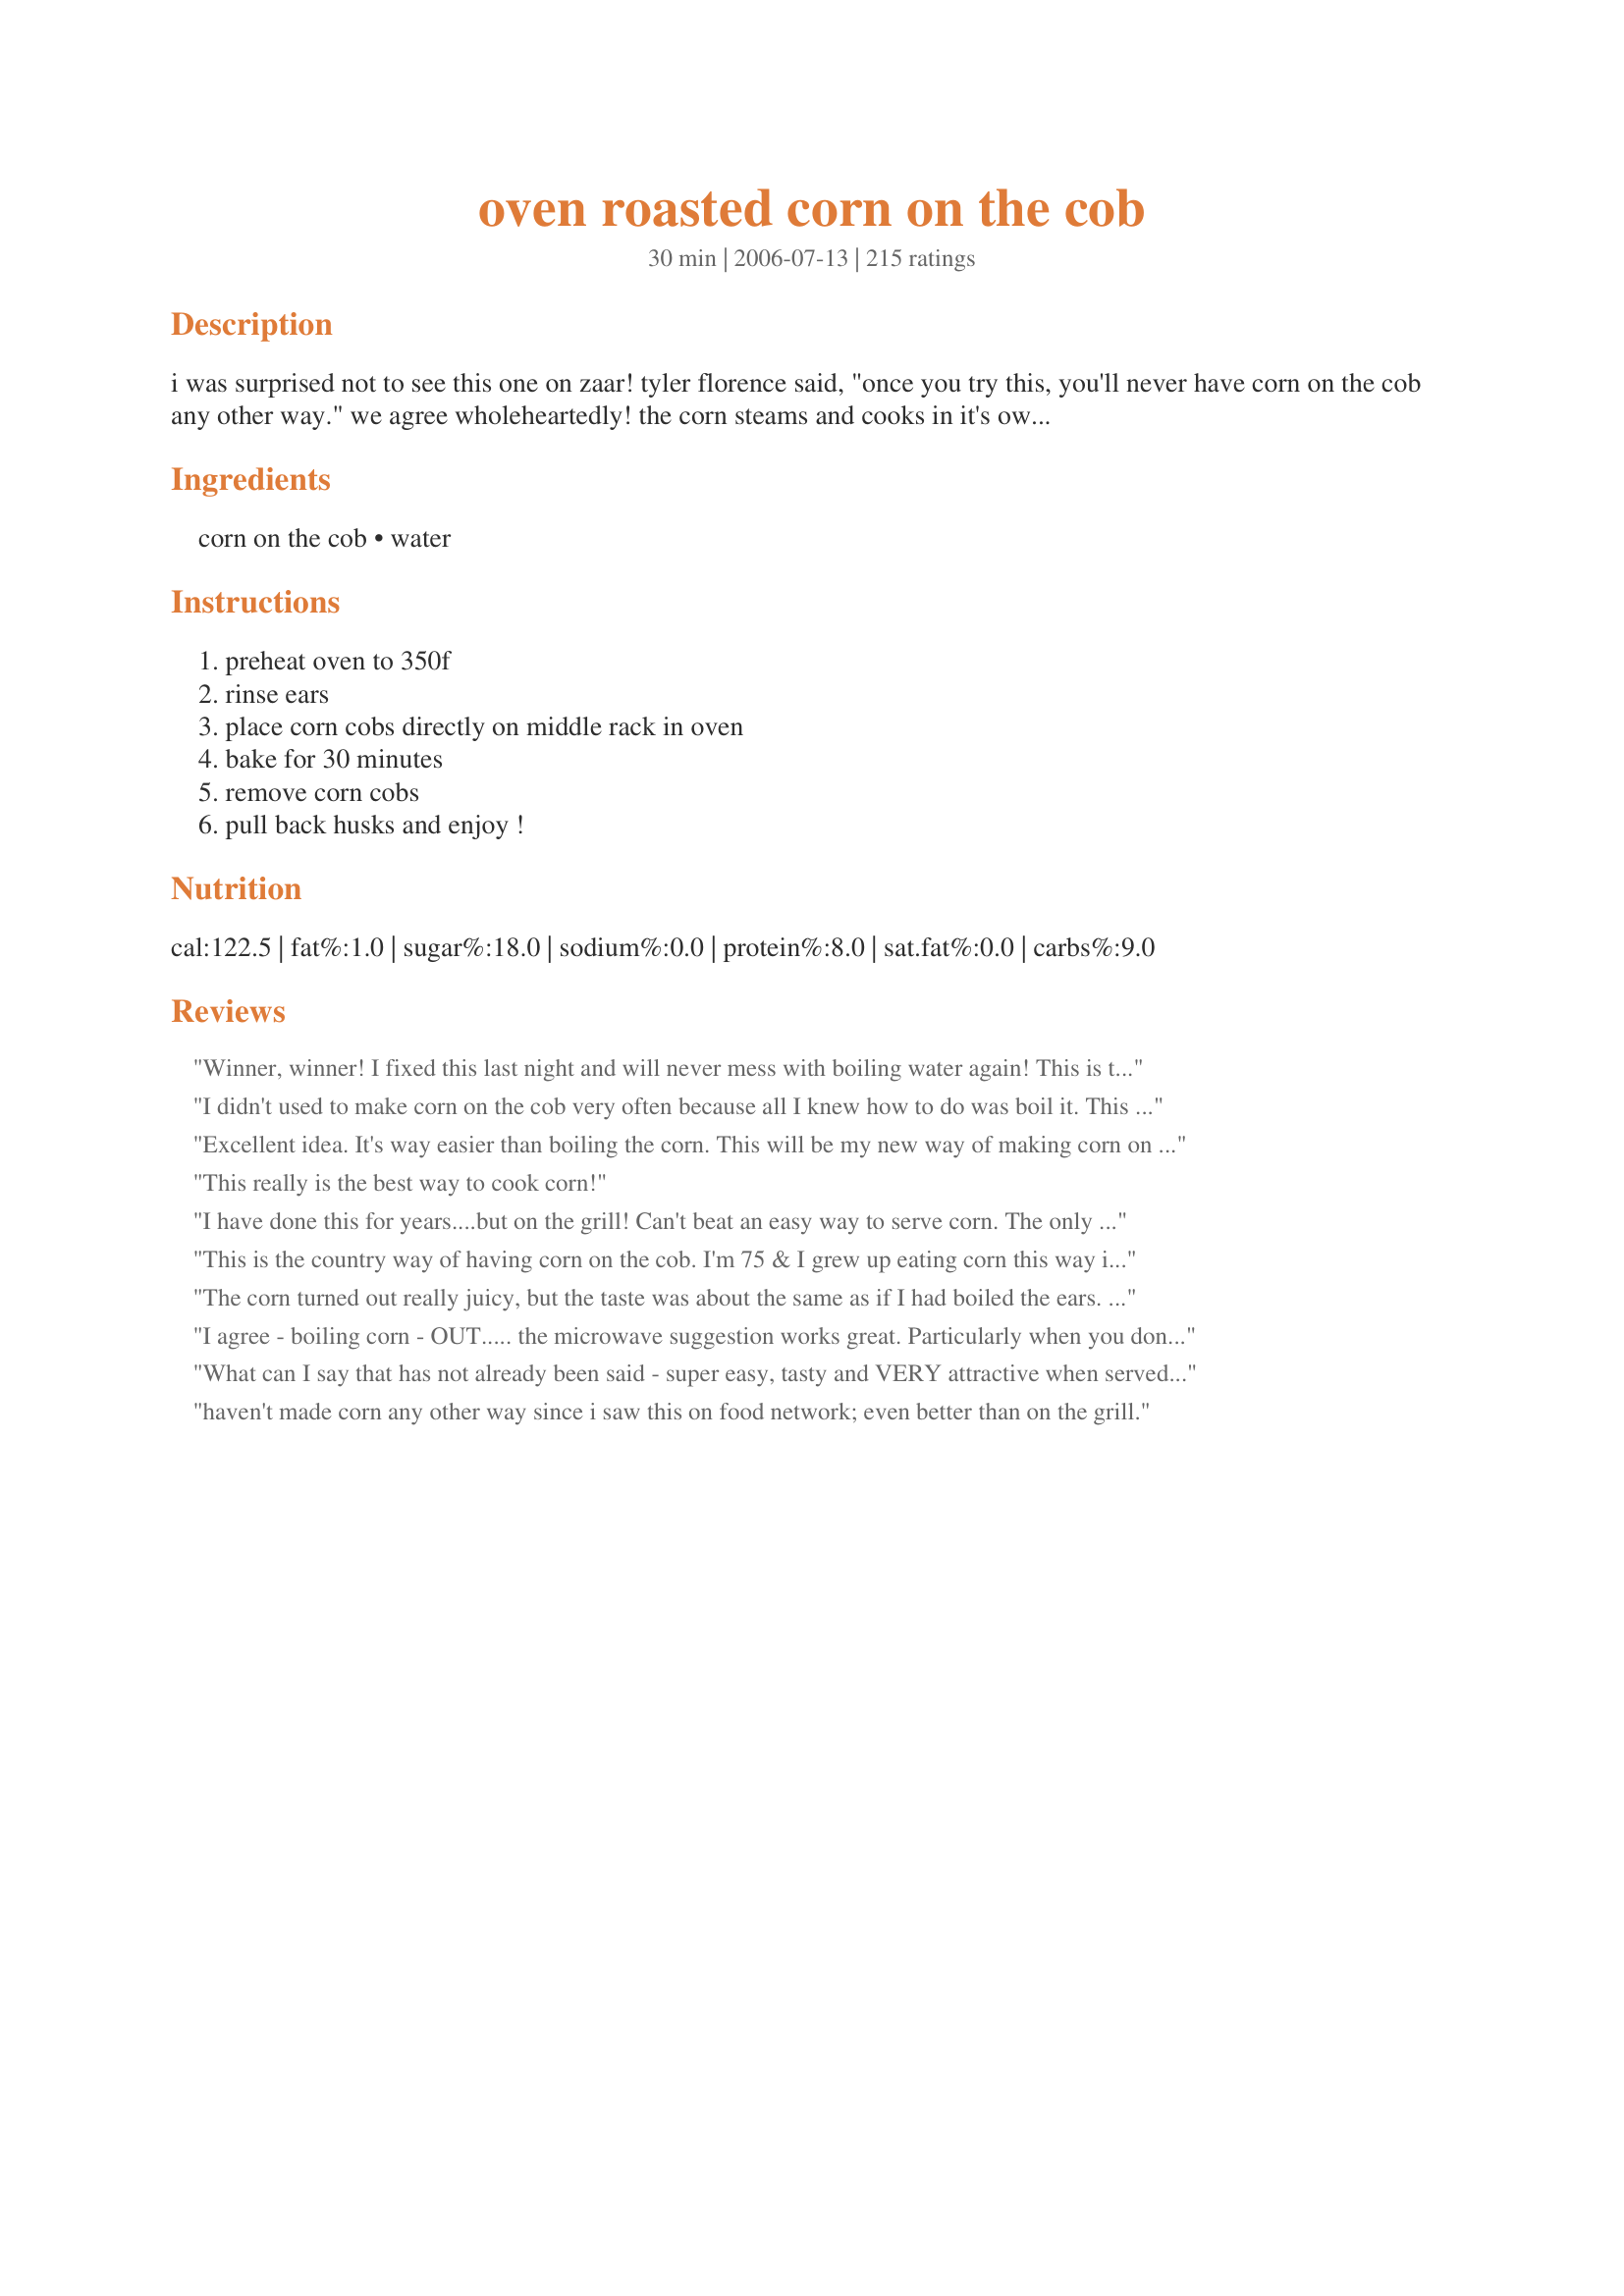
oven roasted corn on the cob
Preparation time: 30 minutes

i was surprised not to see this one on zaar! tyler florence said, "once you try this, you'll never have corn on the cob any other way." we agree wholeheartedly! the corn steams and cooks in it's own husk without any pre-soaking or anything. the corn's flavor is intensified right in the husk! after removal from the oven, just pull back the husk and use it for a handle. the silk comes off with the husk! let me know if you like corn this way as much as we do!

Ingredients:
corn on the cob, water

Steps:
preheat oven to 350f, rinse ears, place corn cobs directly on middle rack in oven, bake for 30 minutes, remove corn cobs, pull back husks and enjoy !

Reviews:
Winner, winner! I fixed this last night and will never mess with boiling water again! This is too good and very easy. Husks come in very handy for hanging on to while you're eatin! Too cool! Thanks!
I didn't used to make corn on the cob very often because all I knew how to do was boil it. This was way better. I love the taste and it just turned out perfectly. And so easy, too! Thanks!!!
Excellent idea. It's way easier than boiling the corn. This will be my new way of making corn on the cob from now on. Thanks!
This really is the best way to cook corn!
I have done this for years....but on the grill! Can't beat an easy way to serve corn. The only downfall is that you have to let the cobs cool off somewhat as they retain their heat and it is a little hot on the hands!
This is the country way of having corn on the cob. I'm 75 & I grew up eating corn this way in the summer. Now I fix it in the oven. Can't beat the old fashioned way of doing things.
The corn turned out really juicy, but the taste was about the same as if I had boiled the ears. However, it was sooooo easy just to rinse off the ears and put them in the oven when I already had the entree cooking so I didn't have to turn on another burner and bother with all that hot water and another pot to clean. After they were done ( about 25 min ) I put them on a plate and stuck them in the microwave while I got the rest of the dinner ready. They were still warm and ready for the butter 15 min later... That was great... no soggy, watery corn! Thanks!
I agree - boiling corn - OUT..... the microwave suggestion works great. Particularly when you don't want to heat up the kitchen with the oven.
What can I say that has not already been said - super easy, tasty and VERY attractive when served in their husks for peeling away at the dinner table! We ate these with a grilled vegetable salad and peri-peri prawns - out on the terrace in the sunshine - wonderful! Made for Zingo and the ZWT4! Merci ma leeeetle potty pie! FT:-)
haven't made corn any other way since i saw this on food network; even better than on the grill.
This is the best!!! I will never make corn on the cob any other way! It was a winner with a picky family of 6.
Too hot to be messing around in the kitchen? Roast the ears on the grill. The flavor is awesome. Just soak the ears in salt water for about 30 minutes and transfer right to the grill. Turn over once when the husks are browned. 10 more minutes and it&#039;s time to sink your teeth into the best corn you&#039;ve ever had!
d.E.l.I.c.I.o.U.s !!!!
Chef PotPie I loved this method to do corn. How easy can it get. I really like the fact I didn't have to soak the corn before cooking. This is a great alternative to grilling. I will do this again.
What a great way to prepare corn! I love it!
I will never boil corn again. It was awesome! Thanks!
Sorry, forgot the stars.
Yummy -it cooked perfectly with my pork roast. Nice to have the BBQ taste without the fuss. Thanks!
I also got this recipe from a Tyler Florence show and LOVE to cook corn on the cob this way. Never soggy...never overcooked. The silk removes along with the husk...no fuss. Try it..it's great!
So Easy and So Tasty!! Why would I go through the hassle of grilling again? Honestly, this is my new recipe. Thanks!
Super easy even for a novice cook (me) and so much better than boiling.
This method worked well & was much easier for sure. However, I had other stuff in the oven at 400 degrees & threw the corn in with it for slightly less time than called for and the husk burnt a bit and the kernels turned out a little tough. I am excited to try it again as directed simply because of the time and mess that it saves. Thanks!!!
This is the easiest way I've ever made corn and it turned out perfect! I baked 4 ears of corn for about 25 minutes and it was the perfect tenderness and so good that I didn't need salt and butter. Thanks for posting this!
Didn't notice any significant difference in taste, but this is definately the easiest method I've ever tried for making corn. Thanks a lot.
This worked out great! It's waaaaay easier than boiling for sure. I baked my medium-large ears for 30 minutes and they came out perfect.
Thanks for a great cooking shortcut!
Easy and delicious!
A wonderful way to make corn on the cob. I finally got some cobs that had their husks still on here in the UK, so when I found this recipe, I had to try it. I'm so glad I did. The corn is full of flavour and moist. I served them just with some butter, and freshly ground salt and pepper. Delicious.
What a time saver! I've always hated shucking corn!
Tried this this weekend. Couldn't be easier or tastier.
Thanks
Thank you for an easy recipe that has such good results! Yum!
I put a little butter inside the husks before roasting and it was amazing. Thanks for the easy recipe! this is best with really fresh yellow corn!
I&#039;m doing this TONIGHT!!!! ?
Thank you for sharing this recipe. I've made it several times and this is the only way I cook corn on the cob now. So delicious and easy!
Yum ! I loved it too... so simple and good, healthy, and no messing around with a pot of hot water. I have also tried a Zaar recipe for sweet corn that used cling flim and the microwave and felt that this recipe was a footstep behind that one in the amount of final flavour retained. The speed of the other recipe also counted in it's favour. That said, this is an EXCELLENT recipe for a large group of people as the oven would do the lot in one go, and also great for when you are using the oven anyway for other things because these cobs sit very easily on the rack around other dishes.Please see my rating system: 4 lovely stars for a recipe that I will definiately make again, especially when the oven is already on for something else. Thanks!
This is the only way I cook corn on the cob now. I like my corn with a little crunch. It comes out so sweet and delicious I don't even put anything on it sometimes. :D
Worked great. I didn't notice a big difference in flavor, however the corn was very tender and juicy. Very easy to make. Thanks for sharing.
We just love corn cooked this way. The flavor is so intense and it is very easy to clean. Good job Chef PotPie; its a winner.
So good and so easy. I couldn't ask for a better recipe. I hate peeling the silks and this is so much easier. We will make it this way again and again. YUM!
This was so easy and the corn had such great taste. How come I didn't know of this lol. I wish I had seen this recipe years ago. This is how I will do it from now on. Thanks for sharing.
What a ridiculously easy way to prepare corn on the cob!! I don't think it tasted any better than boiling but it looked WAY better - the kernels stayed nice & plump. And, for some reason, the silk came off a lot easier after roasting than it normally does before boiling.
This is great - grilled corn still beats it in my book, but not by much. I love recipes like this that make eating fresh veggies simple and easy. Very, very good - thank you for this!
Perfect! That is all, just perfect. So easy.
This was really good corn. I love not having to shuck & clean off the silks! But, personal preference, I still love grilled corn. I'll use this recipe when the weather is ugly, though.
We did this on the grill and it turned out amazing! Very popular with all the kids too.
This is worth all 5 stars + 100 more! No more standing in front of the garbage can cleaning corn! Yea! No more boiling the corn getting a steam facial! Yea! This corn turned out so tender and cooked to perfection. I cooked it exactly the 30 minutes and it was perfect. I also stacked the corn ears on top of each other. I had a dozen ears and they all didn't fit on the bottom so I put 3 ears on top of the others and it worked perfectly. Thank you so much for showing me this really easy and so much better way of preparing corn.
Thank you CHEF POT PIE. This is a wonderfully easy way to prepare corn-on-the-cob.
followed exactly but corn wasn't cooked enough. I'll be going back to boiling or the grill
Wow...perfect and so easy! Our's needed to stay in the oven about 5 extra minutes. Thanks for posting.
This was by far the easiest way to roast corn yet. I loved how the silk just peeled off with the husk! The corn really retained its flavor and was delicious. The time was right on for our ears. Thank you Pot Pie!!
Really Yummy! Made them today for my son's birthday/BBQ and everyone loved them. Very juicy-not dry at all. A couple guest asked for the recipe. I added the butter right on the corn and let it melt away. Simple and very tasty. Thanks for sharing!
I've never cooked my corn any other way since I discovered this technique at a bbq a few years ago - try it on the grill too, it works in the same way.
Fantastic! Not just good to eat but you get the roasted corn smells of the County Fair along with it. Thanks!
I had never heard of cooking corn this way so I had to try it tonight...Well it was Fantastic!!! What a great way to cook corn, and the flavor is soooooooooo good!!!!
This method makes awesome corn. Before putting in the oven, I pull back the husks and remove the silky strings - they come off easily. Sometimes I sprinkle a little salt or other seasonings on the corn before covering back up with the husk and tossing in the oven. I need to make this again soon! :)
My neighbor made her corn this way last night for our cul-de-sac potluck. Not only was it really moist and tasty, but the husks helped keep the corn warm longer.
I just made this for Easter and it was super easy and came out perfectly! This is how I will always make corn on the cob!
Man, I wish I hadn&#039;t had such a huge lunch, I wanna try this right now! LOL Oh well, later on this evening..........
Really simple method which produces perfect corn. Made this along with recipe #8701 and Recipe #14023 for a wonderful meal. Thanks for sharing the recipe!
The corn came out so tasty!
This is indeed an excellent way of preparing corn on the cob, especially for a large number of people. However, for the sake of energy savings, as well as time, try doing this in the microwave. I do mine 3mins. for one ear, 4 mins for 3, etc. My MW is a 900W oven, yours could be 700, 900, or 1000W, so times can vary. There are several recipes in the DB. For six or more people a traditional oven still works wonders! Thanks, Chef PotPie!
In one word....AMAZING!!!! I have made this twice in the last week, and I am suggesting it to everyone I know! For the last couple of years I have only been making corn on the cob a couple times each summer, because it is such a hassle. Corn will now be eaten a lot more in my house to DH's delight.
This recipe has blown away all my previous favorite methods of making corn on the cob....and simple too! My go-to recipe for corn on the cob now. Must try!
I can't believe how easy this is. I hated boiling corn because of pulling off the silk and then using such a big pot of water just to fit them in. This way has no prep work; you just pop it in. Now it's so much easier for me to just grab some corn from the store and prepare it instead of planning it out. The corn comes out perfect, the silk just comes right off with ease, and the corn looks beautiful when you just pull back the husks and serve it that way. I tried to time it right so that they were done when my husband came home from work but they were done too early. So I turned off the oven, pulled back the husks and removed the silk, then covered the corn with their husks again and placed them back into the cooling oven. I just grabbed them once we were ready to go to the table and they still came out hot and perfect. I would love to do this for a party and just load my oven with a bunch of corn for everyone.
The best way to have corn! EVER!
Super Dooper Scrumptious Easy! GREAT corn! I have nothing but RAVE REVIEWS for this! Made exactly as written. I'm a Groovy GastroGnome travelling on the ZWT5 - thanks for submitting this fabulous recipe!
love the corn this--!! --So easy--so delicious!!
I did corn this way the other night and I will never do it another way again. So easy to just pop in the oven, and the corn tastes better, too. Thank you!
Wow! This was EXCELLENT! My husband kept looking over my shoulder and saying "are you sure you aren't missing something"...boy was he was blown away! We all loved it!! Thanks for posting!
This is a wonderful way to prepare corn on the cob. After roasting the corn, I cut the kernals off the cobs to use in a taco salad. It was a great addition to the salad.
This was awesome and so easy. I just stuck them in the oven. After 30 minutes they came out and the husks peeled right off and under neath was the sweetest crisp corn I have ever had. I did not even put butter or anything on it.
I love my corn made this way! It really does bring out the corn flavor. i saw Tyler make these but I forgot to get the recipe. Thanks for putting it here.
Lorraine
I had to do this a little different than the way the recipe was written because I used some of frozen ears of corn from last year's crop. So I wrapped in foil and baked them that way. I will make it the original way when the new crop is ready this year. Thank you for a great recipe. Made for ZWT4 by a CHIC CHEF.
perfectly cooked corn!! this will be THE WAY i'll be cooking corn from now on. thanks for posting =)
I tried this in the oven wrapping them in foil (with a little butter brushed on them 1st) OMG! this is the BEST i've tried. I just found the Zaar recently, THANK YOU for all the great ideas, You all are my new favorite!!!!!!
Ever since I saw Tyler Florence do this on TV, this is how I've made my corn! It's by far the best and I can fit much more corn in the oven than I can in any pot I own. I don't think I'll ever boil corn again.
This recipe is over the top.. when I first mentioned to dh how I was going to prepare the corn, his comment was I hope it doesn't taste burnt, well it wasn't and this is the only way he want's it now. I love the way the silks just fold off. I agree the corn does taste sweeter prepared this way. No flavor lost in the water.. wish i'd found this years ago. But better late than never.
This method is so easy!
We love corn and this recipe is so easy that we will make it this way a lot this summer!
This is a great method - I love how easily the silk peels back! The only reason I am not giving it 5 stars is that I think 30 minutes in the oven is too long. We had just purchased beautiful young ears, but they ended up slightly mushy even though the flavor was good. I will definitely try this again, but for 15-20 minutes next time.
I will never boil corn again! No more husking the pulling those little hairs off....this is so much easier and so much BETTER!!!
I love how easy this is! Put it in, go do something else, come back and pull it out....perfect corn! The husk and all the silk easily comes off. Corn is nice and sweet. Work for this lazy gal. Made for ZWT4 for my 4th of July cookout. Thanks.
Excellent methodd for grilled corn.
Just a little note....to raise the bar on this I use a little mayo spread on after roasting and sprinkle some Cajun seasoning....just a little trick I picked up from Bobby Flay....give it a shot DELICIOUS!
This worked out very well. It is the only way I cook fresh corn on the cob.
Wonderful corn!! Even my corn-snob hubby thought it was terrific! We might not ever have it any other way either! So, so easy and the silks husks just come right off. LOVE IT! Thank you so much for posting this! Your ZWT4 CAFE ZMAAK Gypsies teammate!!
I'll never cook corn any other way! This coming from a lady who was taught to make corn on the cob in a pressure cooker when I was a little girl and swore by it.
The secret is being sure the ears are fully in the husks, they steam in the flavor, and brown up for a smoky flavor.
I made this in a 440 deg. oven and they were still perfect!
This is a great no-muss no-fuss method for preparing corn, esp for people like me who don't own a grill. The corn almost fell away from the cob. It was so moist and tasty, I can't imagine I'll make corn any other way again.
What can I say? this was awesome and will be the only way I make corn from now on.. so much easier! And I love how much easier it is to peel of the husk! Thank you!
The best cob corn you'll ever eat. It's actually the old rural hog roast method, where you get a bed of hot coals about 8 feet in diameter, soak and throw on about a hundred young ears, melt a crock of salted butter for dipping and half the county shows up to partake. Something about steaming it in that toasted husk... It tastes sublime.
yum!!!
i decided to give this a shot, but the whole time im thinking..its not gonna work!!, but was i soooo wrong... so easy peasy!! and delicious!!
Best corn on the cob I've ever made-and it doesn't get any easier! I cooked 3 ears for 30 minutes but had to hold them in the warm oven about 15 minutes w/o a problem. Served w/ my sloppy joes and apple salad for a delicious, easy meal. Thank you so much for posting a great recipe!!! UPDATE: I just wanted to add that we have had corn 4 times in the last 2 weeks-that's how much we love this recipe! Our corn have been huge so the 30 minutes cooking time still keeps the corn w/ a little crunch which we love-for smaller, I would only cook for 20 minutes! Thank you again Laurel!!!
This is insane goodness!! Why did people make preparing corn on the cob so complicated?! LOVE THIS METHOD!
Tyler sure knows what he's talking about. Not only it tasted great, but the clean up was a breeze. Thank you.
This is the best way to cook corn I have ever found. It is unbelievably easy and the taste is out of this world. I served this to friends and not one person added salt, pepper or butter - that says a lot. Thanks so much for posting.
I've been making my corn this way for the last year or so... I saw Tyler Florence (I think) do it this way. Cooks perfectly every time!
These turned out perfect! Very flavorful and easy to do.
Super easy and the kernels were very juicy! Can't believe I have never thought of doing this before!
This was so easy - I'm never boiling corn on the cobb again! The corn turned out so delicious!
I can't believe I just tried this for the first time. How easy, who woulda thunk? Thanks for a keeper!
Super simple and super delicious! Yum. This was my first try at corn on the cob, and it's going to be my default method from here on out. Thanks for posting!
This is the simplest and most delicious way to serve corn on the cob. I tried it about 2 months ago and I can't stop making it every chance I get. I did 18 ears for a large BBQ and everyone raved and couldn't believe how it was prepared. Since I cooked 18 ears I kept them in the oven 50 minutes. This was timed with the chicken on the grill. What ease!
SO EASY, SO TASTY, SO TENDER. Thanks for sharing, I called all my family to share this easy prep for corn. Thanks for posting!
I don't cook corn any other way! I never liked having to shuck corn (all those nuisance silk strands refusing to be removed ) and then have to deal with hot, boiling water when it's already hot out. LOVE this recipe because it is so easy to turn the dial and put the corn in the oven. And shucking is sooo easy! Thanks for posting this recipe!
The flavor of the corn is so delicious and sweet that you don't need anything else. This is the first time I've had corn on the cob without butter! I was doubtful about the silks when I saw this recipe, but they easily peeled away with the husks.
2001 ended with role reversal due to my wifes stroke. Cooking has become a welcome quest with unbelievable challenges. In point corn went from on the cob to can off the shelf for the ensuing 16 years, till I happened on Food.com. This simple and quick preparation of corn-in-the-shuck to table is as magic as my discovery of Chinese Sweet potatos cooking for 3 and one-half hours at 300 degrees and baked Vidalia onions baking in their own juice prompted a gathering of six friends with a glass of white wine and a decadent dessert with glasses raised to my culinary prowness! I'll never tell! Pat
Another rave review from a Groovy GastroGnome for ZWT5! I made this exactly as directed and the corn came out perfect (and the silk was so easy to remove). No need to ever make corn any other way! Thanks for posting this.
I was pleasantly surprised by this recipe. I always grill my corn, but thought I would give this a try. Couldn't be easier, tastes just like it came off the gas grill. Love it, will make again.
Tried this and it was great!! It was so easy, I will never boil it again. The taste was amazing!
Easy-peasy, tastes great!
This is amazing! I absolutely LOVE being able to make an entire dinner in the oven, so I roast my pork loin with baby carrots and new potatoes, and add the corn to the oven when the roast is 30 minutes from being done. SO easy - and so delicious! Thanks Pot Pie!
This is amazing, and it couldn't be easier! I just rinsed, tossed in the oven, and in 30 minutes had some of the sweetest, juciest corn ever. The husks and silks peeled right off- no more scrubbing and rinsing to get all those little bits of silk off. This was awesome, thanks so much for posting!
Ditto!!! This recipe (or rather method) is always a success!!!! The only changes to be made are after cooking is to use one of the many of variety butters out there, be adventurous!!!!!
I did this for a church BBQ and our men's group was charged with doing hot dogs, chili and corn on the cob for 700 people. We got fresh corn from our Redmond Saturday Market and roasted them all the next day.

We used this method and cranked out 100 ears in about an hour and a half in two different ovens. It wasn't a piece of cake, but it was the best corn on the cob I've ever had though I didn't sample all 700 ears. ;)

So easy and the tastiest corn you'll ever make.
How easy was that! Turned out crispy and delicious :)
For those occasions when you can make an entire meal in the oven (and that's often), this is a wonderful idea. What a convenience to pop everything in there at once. Thanks, Chef PotPie, for such a simple, yet very good corn on the cob suggestion!
This sounded so interesting, just had to try it! Corn turned out really tasty, but think I&#039;ll go back to boiling my corn. It was a hassle to remove the husk when the corn was hot, and we had to keep passing a paper bag around the table to dispose of the husks. One other thing, I normally cut away any bad parts of the corn after I remove the husks when preparing to boil it. Obviously, because the husks were still on the corn, didn&#039;t see the bad parts until removing the husk after it was baked. Corn was delicious; moist and tender!
This definitely makes shucking the corn alot easier. A nice change from boiling the corn. Will make again.
I saw Tyler Florence do this on TV and have been cooking my corn this way since the sweet corn ripened this summer. I found I had to cook a little longer than 30 minutes, but that may be due to the size of the ears (large) and my oven. This is hands down the easiest way to cook corn I have ever tried. I do up a big batch so I have extra to cut off the cob to use in salads, casseroles, etc. Today I added some to bean tostados. Yummy!
Made for ZWT5 (Groovy GastroGnomes). Photos are in Cooking Photos Forum ( posting http://www.recipezaar.com/bb/viewtopic.zsp?p=4540997#4540997). After 106 reviews, it's pretty hard to say something new. Obviously, a simple recipe, and surprisingly, far tastier than the "boil the corn" version. Reminds me a lot of the old Indian technique used in the traditional New England Lobster Boil.... yummy! Thanks for post, Chef!!
This was simple and the corn turned out perfect. I'll be trying this method on my grill soon. Thanks. :)
Seriously?! Why have I NOT known about this! AMAZING!!! THANK YOU!! I love that you can toss it in with whatever else you have baking .... it sure added a boost to our meatloaf/baked potato meal - thanks for sharing! I won't boil corn on the cob again! :)
Wow! This was so easy and incredibly good. I will never boil an ear of corn again if I can help it. I just loved that the silks just came off with little effort-thats the part I hate when it comes to fresh corn-on-the-cob. I wish I could just stick the whole fresh cob with husks in the freezer, without prep and cook them just like this recipe says..wouldn't that be great?!
Wonderful!! What a great way to cook corn! I've made this recipe several times, always with terrific results. This is very easy to make, and delicious. Thank you so much for posting! This recipe is a keeper for sure.
This is the fastest easiest way to make corn on the cob that I have ever tried. My family LOVES it this way. I don't do anything to them first. Just pop them in the oven and let them roast. WONDERFUL and so easy. The silk and husks just come right off. THANK YOU!! This is the way I will make it from now on!!
Delicious and easy! Cooked at 375 next to already baking chicken. 25 minutes was perfect! Kernels seemed firm, but exploded with juiciness when bitten. Thanks, Chef PotPie!
I have done this twice now and all I can say is "WOW"! Much more flavorful than boiling, and SO EASY! Thank you so much for posting =)
I love making corn this way. Leaving the silk and husk really makes the corn sweet and tender.
What can you add to this many good reviews? Rated mainly to be able to find it again. Cut the green and brown stringy things off the end before cooking. Added extra cooking time to get the corn to char just a bit. So nice not to have to remove silks before cooking! They come off much easier after the corn is done. Too easy and so good!
This was awesome! Not only did the corn taste great, but it couldn't have been easier to do and I LOVE, LOVE, LOVE the way the silk comes right off w/ the husk! A real keeper! Made for ZWT4
Tried this recipe for the first time tonight. Loved it!! So easy and tastes just as good if it had been boiled or grilled. Definitely a keeper, especially in the winter when the grill is not really accessible. Thanks!
Thanks for sharing this! It&#039;s the easiest way to cook corn on the cob, and the husks slip right off when the corn is taken out of the oven. I&#039;ll never make corn any other way from now on!
Really easy, and really good! Thanks!
Who knew it could be so easy and taste so good?!!! Tried this with two ears of corn - the last we'll probably have for the year. It was absolutely wonderful. Except for the middle of summer, when we won't want to heat up our kitchen, this is the way we'll fix our corn. Thank you very much!
I was pleasantly surprised at how easy this was.
Loved how easy this method was, both for cooking and for husking the corn and the silk comes off with the husks so easily. Next time I'm going to add 5 more minutes of cooking time. Thanks for a keeper Chef Pot Pie! Please see my rating system.
YUM! This has extraordinary flavor, much more depth than boiled corn! And it couldn't be easier. Just a word of caution about the steam release when you remove the husks, though!
Thanks, Chef PotPie! Made for ZWT4.
OMG!!!!! This is the best corn I have ever tasted. Made it tonight for dinner and there was none left. Family loved it. This is the easiest way to cook corn on the cob. It stays warm for along time. Will always my corn this way.
Thanks. I have roasted corn in the oven before and love the flavor, but just guessed on the temp and time to bake. Since I haven't roasted corn yet this year I couldn't remember what I'd done before and all the other recipes only had grill instructions. Thanks for this recipe.
This was delicious and easy! Just throw them in the oven with no worries about boiling temperatures or anything like that. The other easy thing is that each person does the "work" of pulling off the husks but really they were quite easy after I cooked them in the oven. I had peeled back some of the husks to make sure they were good so this allowed them to curl up a little and made it even easier.
Anyways this is a great recipe as I found that even ones on the bottom cooked nicely so I may be able to make even more in the future for get togethers and such.

Made for ZWT5, Dining Daredevils
This was sooo good! I had never thought to roast the corn like that and it was so much better. I will be making it again soon!
Unbelievably awesome way to cook corn! The bonus is that there is no pot to wash! I will never do corn any other way......cook time was perfect for the average sized, super fresh corn I used.
This worked perfectly; the corn turned out delicious!
Incredibly easy and tasty. I wish I had known about this method of cooking long ago as the corn tastes wonderful.
Perfect! Fantastic! The silk peels right off with the husk. So easy when cooking for a crowd.
I am pretty sure I will never fix corn any other way from now on. the kernals were so crisp and delicious. It was also very easy.
Thanks for posting.
YUMMY!!! So simple, so sweet, we need to buy more corn!!
I normally cook my corn in the husks on the grill but this is good for when the weather isn't nice for that! Made for Saucy Senoritas Family Picks ZWT5.
My family and i love corn, since i found your recipe and started fixing it this way, it has become our favorite corn to eat. And it's good all by itself without salt, butter or anything else!! Thanks for posting this Chef PotPie.
Super easy! Half an hour and perfect corn on the cob! The corn silk didn't come off easily (it wasn't more difficult, but about the same as taking the silk off raw corn). However, this was so simply and toaster oven friendly that I will be making all my future corn like this :D
I guess my dinner guests loved this because I didn't even get one! Several were still talking about it the next day. Next time I'll make more than 1 per. Thanks for posting!
This is the only way I make corn on the cob now. It's so quick! I usually leave them in the oven for a little longer than 30 minutes. Thanks for this cooking tip!!
This was great. So much easier than boiling, my pot always boils over. The corn came out juicy & sweet in exactly 30 minutes. Will definitely do this again. Made for ZWT5.
I am only giving this recipe two stars because I did not like the flavor of the corn at all. It was extremely easy to make and all the silk peeled of easily, I just didn't care for the flavor. I will give it one more shot as it may have been the corn.
So easy and tastes better than boiled.
I roast many other veggies, why not corn! the flavor in the corn is so much sweeter done this way, try this everyone! great method PotPie! thanks for sharing...Kitten:)
What else can I add? Great and easy recipe. Thanks!! Made for the Babes of ZWT4.
Had to try this after reading some of the reviews. This was extremely easy but I did not notice a distinctive difference in the taste from boiled although I would guess you get more of the nutrients this way. With that being said, the corn was delicious and the silks came right off...will use this recipe again due to the ease of preparation.
Super easy and super YUMMY! i followed the directions exactly, we had a barbeque this past weekend and I needed to cook up 20 ears of corn. I came across this recipe and thought I would give it a try. Usually I have no luck cooking corn it generally comes out tough and tasteless. Not this time! I will always cook corn this way from now on
Awesome! I do not usually mess with fresh corn because I can never get all of the silk strings off. This recipe sounded too good to be true, but it works! It was delicious. Thanks for sharing!
From now on this is the only way I&#039;ll prepare corn. This was so easy and easy cleanup.
Tried this over the weekend. We loved it! You can't get any simpler than this. Even my picky 5-year-old son gobbled it up! Thanks!
I have used this method for roasting corn several times now. It's so easy to prepare, and I like how the silks come off easily after roasting. My kids think it's fun to eat corn with the husk peeled back. It's great with a little butter and seasoned salt. I highly recommend this recipe.
You have made my life simpler! Thanks for the great, easy, tasty recipe. Goodbye steamer. :)
I loved the "roastedy" aroma that flowed through my kitchen:) Preparing corn on the cobb this way is perfection!
As if this needs another 5 star review, but I'm giving one anyway! Easy, delicious and no clean up! Excellent tasting corn. Can't improve on perfection! Thanks for posting! :)
I always cook corn this way, I don't even rinse it. With my 30" stove I can fit 12 ears on one rack. I also can do six in the toaster oven, but I have to cut off any hanging husk or silk so it doesn't touch the heating element. The oven temp can be varied so that these can cook right along with any other dish; just adjust the time up or down. This method really brings out the sweetness of the corn. It's much tastier than boiled!
Love this cooking method! I like it straight fromt the oven, but my husband always adds butter, salt, and pepper.
I love corn on the cob but hate shucking it. It takes forever to remove the silk, even with a veggie brush. Well no more worries about THAT! This was wonderfully easy, the silk slides right off, and the taste was great! I'll use this method from now on. Thank you!
PERFECT--easier, healthier, and tastier than boiling, and no water-logged kernels!!
I do this in the microwave if I don&#039;t have anything else in the oven.
Wow! This is the perfect way to make corn on the cob. Much tastier than boiled or microwaved, and easy too. The only trick is getting the husks off while hot, you might want to let them cool a few minutes. Our new favorite way to make corn!
This was fabulous. Great way to make corn on the cob and keep all the flavor and nutrients in it, instead of boiling it and losing all that. I always thought that having it this was would make it dry, but it was the juiciest corn on the cob I've ever had! TEN STARS!
Perfect. I was so surprised how the silk came off easier than before cooking.
I may have rated this already! From the grocery bag to the oven, that's all you do! It is one of our favorites, and it is the only way we make corn on the cob! I too saw it on Tyler Florence's "Food 911" about 2 years ago. And the chili lime butter slathered all over just kicks it up another notch!
This couldn't be any easier! Loved it. I was a little nervous about not soaking the ears first but it turned out perfect.
Great recipe, I tried this the other night and will never go back to boiling corn on top of the stove!
This was my first time making corn on the cob that doesn't come from the freezer section. It was awesome! So easy to make and the corn turns out delicious. Add some butter and salt and fresh ground pepper to the steaming cob and its heaven. I'll definitely be making this again!
Put corn with husk in microwave for 3 minutes per ear. Take out, let cool a couple minutes, then pull husk with silk and they are done and silk free!
5 stars for the easiest way to make corn on the cob! WooHoo!
Way too easy to not receive 5 stars. I like to melt butter and add cumin, chili powder, onion powder, garlic powder, pepper, and cayenne pepper to it and then rub all over the peeled corn when its done. Oh so tasty!
Tried this last night and it was great. So much easier than grilling or boiling the corn. I also roasted a head of garlic and mixed it in with some whipped butter and put that on the corn. It was heavenly.
This is a wonderfully simple recipe. I tried it this way then the next time I opened the husks, removed the silk, rubbed hard, cold butter on each cob, seasoned with salt &amp; pepper, pulled the husks back up and baked. The butter flavors the corn and the husks keep it from dripping. bake as directed then pull back husks and use as a handle (of sorts)
so good! served with garlic butter
This was so simple and good. I just bought a grill today and threw the corn on (husk and all). Everyone at my house looked really skeptical but, I proved them all wrong because they couldn't stop eating it!
This is so good and so easy! I have been using this recipe for several years, so thought I should take time to review it. It is the only way I do sweet corn as it comes out perfect every time. Thanks so much for this recipe Chef PotPie!
I used this method so I could cut off the corn and use it in a chicken pot pie. I'm glad I was going to use it for another recipe because the corn was not cooked all the way through even after 30 minutes. The taste was good, just a little too crunchy.
Perfect! I didn't time my ribs with the corn right so my corn sat in the husks outside the oven for a few minutes and they turned out perfect. I didn't realize you really do keep the entire corn intact-no, you don't take the silk off-no, you don't peel the husks down. You really leave it all together (right out of the grocery bag), rinse it and go.
This was so easy and delicious! I won't boil corn again! Thanks for a great recipe :))))
Excellent! Have made it several times and works for both big and small ears! Thank you for sharing!
This was so very easy and tasty!
I don't know if it was the cooking method or just really great corn, but this rocked my world! I'll never make it on the grill again, and I've had many compliments on my grilled corn. It's especially great if you're grilling your entire meal (like we frequently do) and don't have enough space for everything. Also great that you don't have to keep checking it to make sure it's done - just pop it in the oven and forget about it. Genius!
Awesome!!!!! I will never boil corn again and have silk all over the place. I followed the instructions exactly and it was perfect. Thanks!
Great technique for cooking corn. We enjoyed it and the amazing thing was no prep work was involved, also the silk wasn&#039;t a pain to get out either. Thank you!
I will never fix corn any other way!! Best corn I ever had!!
Can't get easier than this! Very tasty too.
Made for the Tastebud Tickling Travellers, ZWT4
I ran across this recipe of his about 3 years ago, and I was so surprised at how good it was, so simple. This is the way I fix the corn if we are already using the oven for that meal. Always a success! Thank you for posting.
I agree with all the others. I will always cook my corn this way from now on! Rinse and roast. What could be easier? I too only roasted for 25 minutes as I was afraid of ending up with tough kernels, but they were sweet and tender! I did burn my finger trying to unhusk them too soon though, so make sure you give them a couple of minutes to vent the steam.
The recipe seems to easy but the results are nothing less then delicious. I luved this recipe definently a keeper. Thanks for the great recipe. :) I luv this site.
I made this recipe this evening just as stated and it has such a wonderful flavor. The corn that I used was a few days old and I wasn't expecting much but it turned out fantastic. I have been trying to make grilled corn for years and it is always undercooked or charred. This is a great substitue! Rosting it gived the corn a very unique intense flavor that you wont ever get from boiling. It was also very easy to do. I did remove the silks and husk at the end and finish for just a few minutes on the grill. Just to pretty much get a few of the kernals carmelized. So yummy!!! Thank you for sharing.
This is such a wonderful recipe! I originally needed a recipe that would simulate making corn on the grill for Recipe #362514. This recipe worked perfectly and I think I'm hooked! The corn was so moist, sweet and tender...mmmmm! I found this recipe last week and I think we've had corn at least 5 nights since then! :) Thanks so much, Chef Pot Pie! This is a definite keeper!
Fantastic! I didn't notice a difference in flavor, but it was tender and sweet and soooo easy. I left it in the oven a little less than half an hour; perfect.
It's corn on the cob season in WI - Since I found this recipe it's the only way I prepare corn on the cob!!! Everyone raves!
Easy!
This worked beautifully. Will definitely be making my corn on the cob like this more often! UPDATE: Forget "more often", this is the ONLY way we do corn on the cob now. Boiled corn tastes so blah compared to this method!! Thanks again for posting!
I used to think grilling was the best way to make corn, but this is better. This will be my new go to method for making corn on the cob.
very yummy! so moist and tender! so easy!! a keeper!
Very easy and came out perfectly!! This is the only way I will make corn on the cob. Thanks!!
Awesome. thanks!
If you don't want to heat up the kitchen using the oven, nuke your corn. For two good sized ears of yellow corn 6 minutes on high works. Only cooking one ear? 3 minutes.
Delicious, and a cinch to make. As I explained to my dinner guests who also fell in love with the corn: Just rinse it, and throw it in the oven for 30 minutes at 350. I agree the only downfall is peeling off the husks when they're so hot.
Easy, quick way to have true "fair style" corn on the cob! Love it!
Best/easiest way to make corn!
This is a great recipe for corn. Fast and easy--just throw it in the oven. Silks come right off!! DH loved it also!!
I love that I don't even have to shuck the corn before I cook it this way! Sooo easy, and it produces great corn, to boot. This may well be my new go-to method for cooking corn. Thanks for posting! Made for ZWT4 Family Picks
This was just WONDERFUL- another simple, no-fuss, easy way to make perfect roasted corn. Just toss it into the oven and it cooks perfectly. Easy to pull back the husk, butter and serve. What's not to like??? Thanks for sharing. ~Sue
This was so easy! My husband was going to grill the corn but we discovered we were out of propane so I went searching for a recipe and found this, I am so glad I did! I will be using this again for sure.
